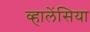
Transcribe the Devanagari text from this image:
व्हालेंसिया